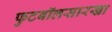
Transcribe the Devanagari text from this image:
फुटबॉलसारखा